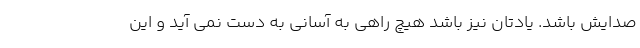
صدایش باشد. یادتان نیز باشد هیچ راهی به آسانی به دست نمی آید و این